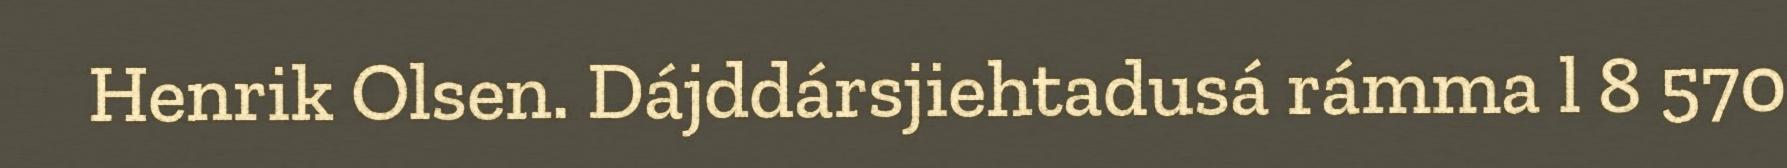
Henrik Olsen. Dájddársjiehtadusá rámma l 8 570